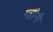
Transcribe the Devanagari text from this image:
गहीनी